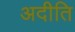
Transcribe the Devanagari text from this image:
अदीति